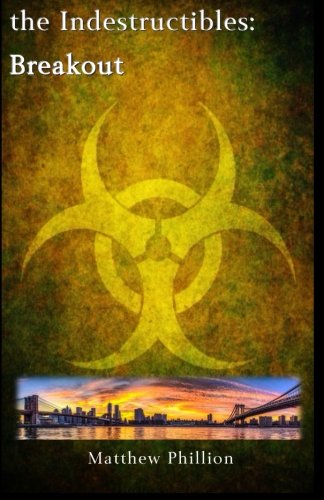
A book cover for The Indestructibles: Breakout (Volume 2); Matthew Phillion; Science Fiction & Fantasy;